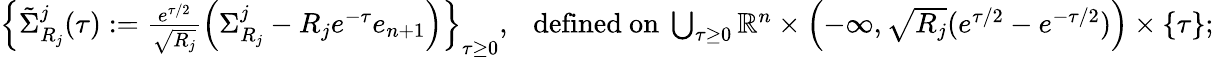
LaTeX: \begin{array}{r}{\left\{ \tilde{\Sigma}_{R_{j}}^{j}(\tau):=\frac{e^{\tau/2}}{\sqrt{R_{j}}}\left(\Sigma_{R_{j}}^{j}-R_{j}e^{-\tau}e_{n+1}\right)\right\} _{\tau\geq 0},\ \ \mathrm{~defined~on~}\bigcup_{\tau\geq 0}\mathbb{R}^{n}\times\left(-\infty,\sqrt{R_{j}}(e^{\tau/2}-e^{-\tau/2})\right)\times\{ \tau\} ;}\end{array}